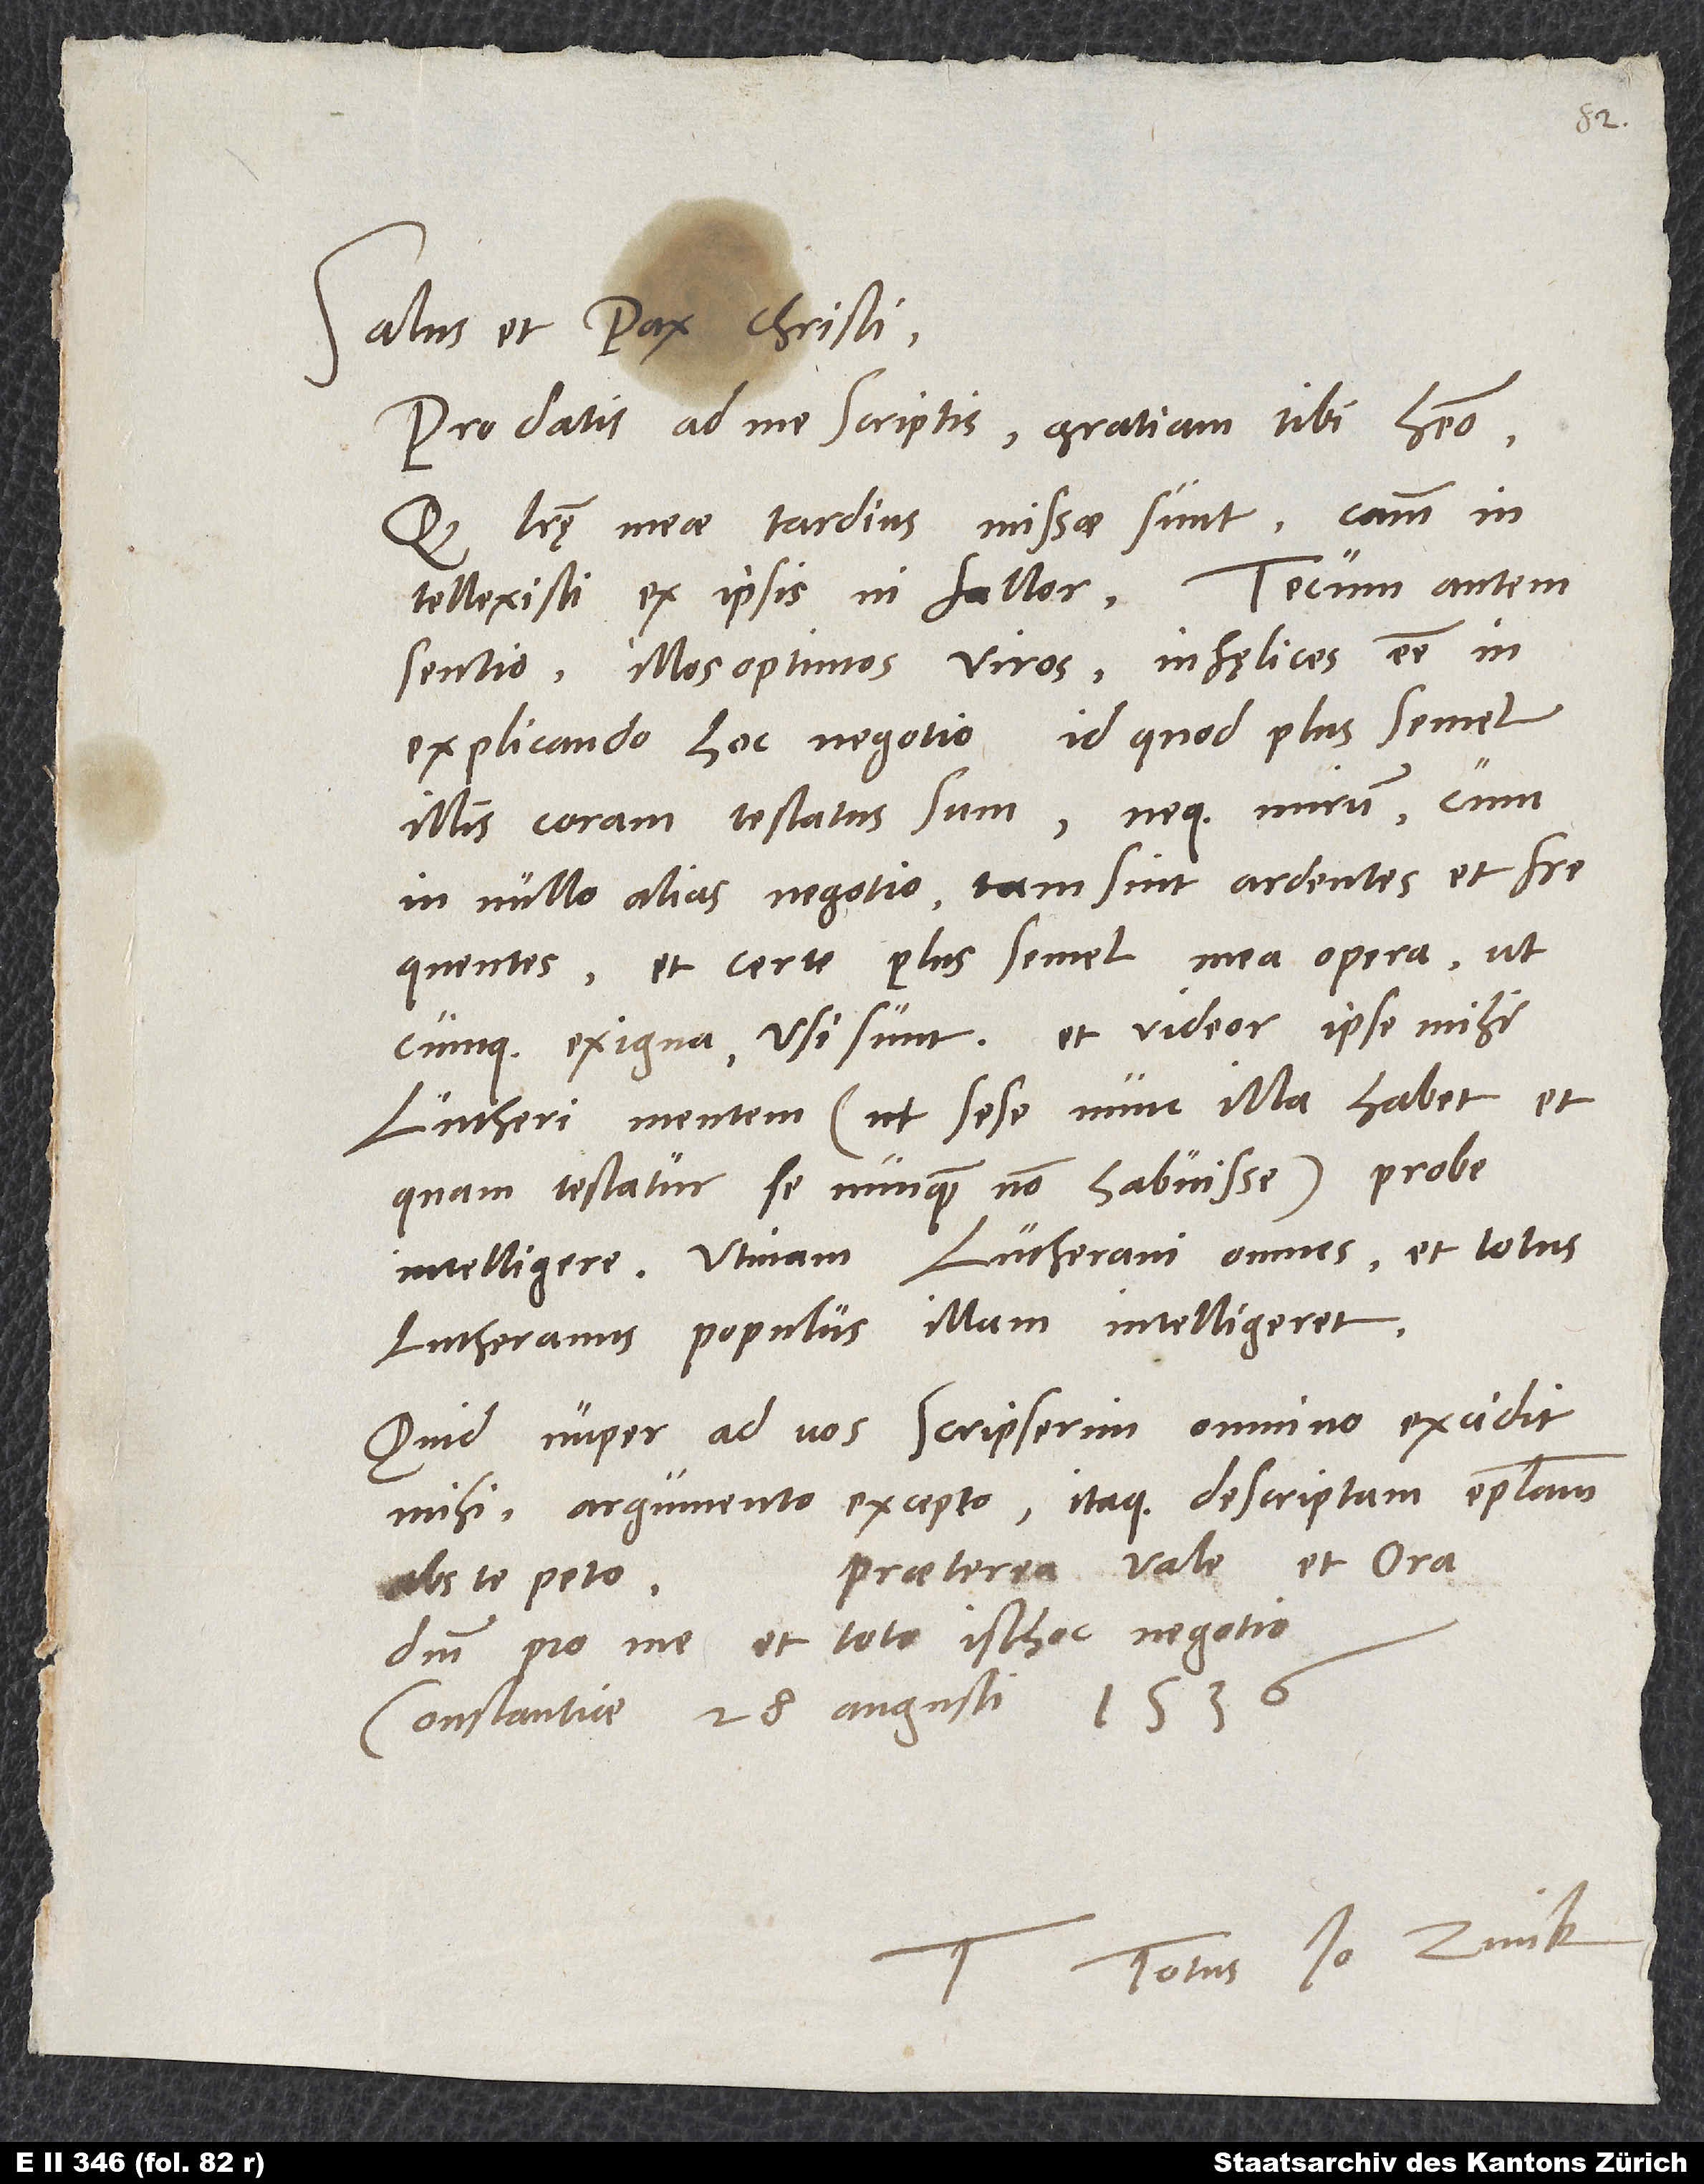
Pro datis ad me scriptis gratiam tibi habeo.
Quod literę meae tardius missae sunt, causam
intellexisti ex ipsis, ni fallor. Tecum autem
sentio illos optimos viros infęlices esse in
explicando hoc negotio, id quod plus semel
illis coram testatus sum, neque minim, cum
in nullo alias negotio tam sint ardentes et
frequentes et certe plus semel mea opera,
utcumque exigua, usi sunt. Et videor ipse mihi
Lutheri mentem (ut sese nunc illa habet et
quam testatur se nunquam non habuisse) probe
intelligere. Utinam Lutherani omnes et totus
Lutheranus populus illam intelligeret!
Quid nuper ad vos scripserim, omnino excidit
mihi argumento excepto, itaque descriptam epistolam
Praeterea vale et ora
abs te peto.
dominum pro me et toto isthoc negotio.
Constantiae, 28. augusti 1536.
totus Io. Zvick.